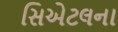
સિએટલના